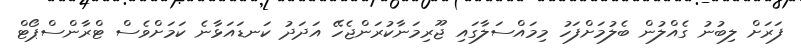
ފަރަށް ލިބުނު ގެއްލުން ބެލުމަށްފަހު މިމައްސަލާގައި ޖޫރިމަނާކުރަންޖެހޭ އަދަދު ކަނޑައަޅާނެ ކަމަށްވެސް ޓްރާންސްޕޯޓް